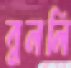
বুললি